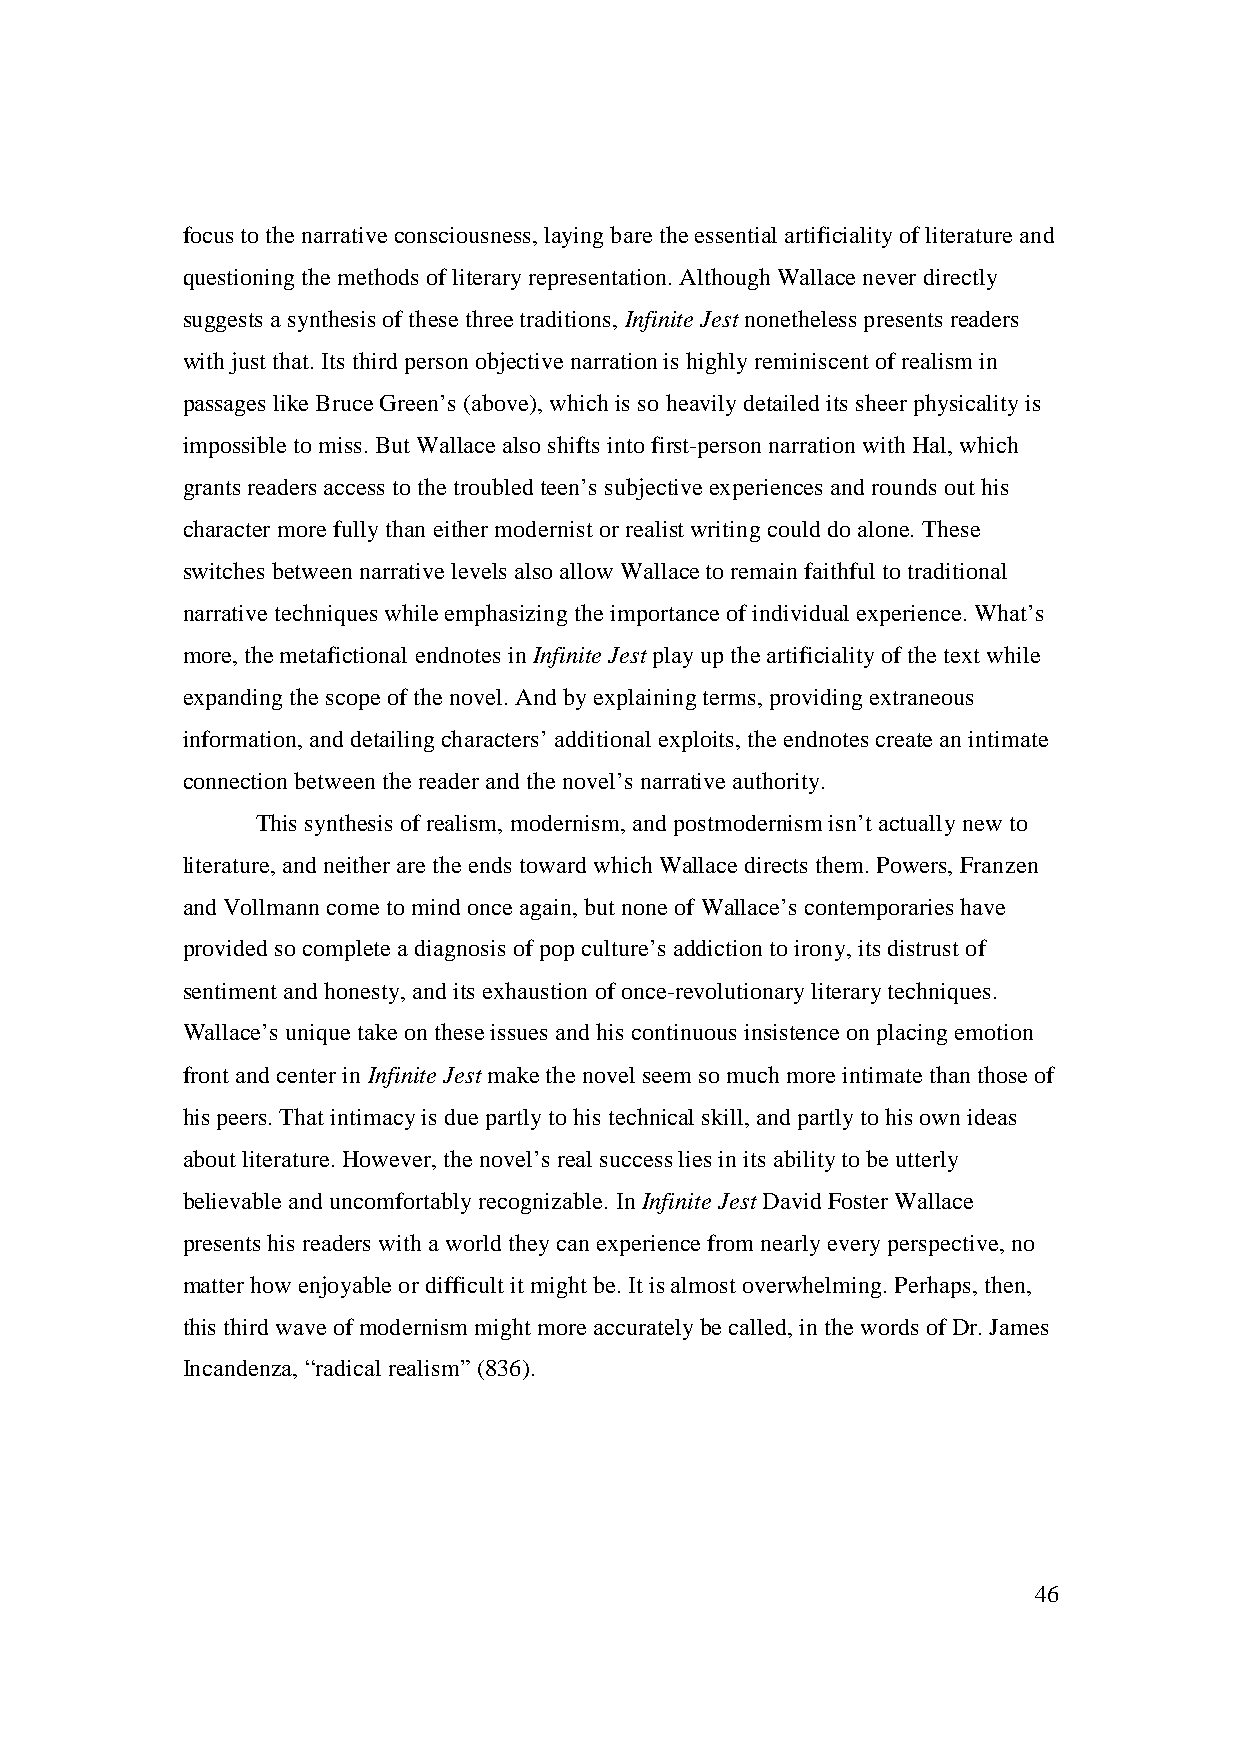
focus to the narrative consciousness, laying bare the essential artificiality of literature and
 questioning the methods of literary representation. Although Wallace never directly
 suggests a synthesis of these three traditions, Infinite Jest nonetheless presents readers
 with just that. Its third person objective narration is highly reminiscent of realism in
 passages like Bruce Green’s (above), which is so heavily detailed its sheer physicality is
 impossible to miss. But Wallace also shifts into first-person narration with Hal, which
 grants readers access to the troubled teen’s subjective experiences and rounds out his
 character more fully than either modernist or realist writing could do alone. These
 switches between narrative levels also allow Wallace to remain faithful to traditional
 narrative techniques while emphasizing the importance of individual experience. What’s
 more, the metafictional endnotes in Infinite Jest play up the artificiality of the text while
 expanding the scope of the novel. And by explaining terms, providing extraneous
 information, and detailing characters’ additional exploits, the endnotes create an intimate
 connection between the reader and the novel’s narrative authority.
 This synthesis of realism, modernism, and postmodernism isn’t actually new to
 literature, and neither are the ends toward which Wallace directs them. Powers, Franzen
 and Vollmann come to mind once again, but none of Wallace’s contemporaries have
 provided so complete a diagnosis of pop culture’s addiction to irony, its distrust of
 sentiment and honesty, and its exhaustion of once-revolutionary literary techniques.
 Wallace’s unique take on these issues and his continuous insistence on placing emotion
 front and center in Infinite Jest make the novel seem so much more intimate than those of
 his peers. That intimacy is due partly to his technical skill, and partly to his own ideas
 about literature. However, the novel’s real success lies in its ability to be utterly
 believable and uncomfortably recognizable. In Infinite Jest David Foster Wallace
 presents his readers with a world they can experience from nearly every perspective, no
 matter how enjoyable or difficult it might be. It is almost overwhelming. Perhaps, then,
 this third wave of modernism might more accurately be called, in the words of Dr. James
 Incandenza, “radical realism” (836).
 46